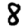
Digit: 8